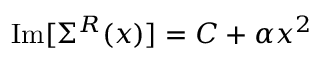
\operatorname { I m } [ \Sigma ^ { R } ( x ) ] = C + \alpha x ^ { 2 }